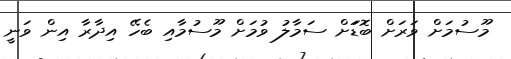
މޫސުމަށް ވަރަށް ބޮޑަަށް ސަމާލު ވުމަށް މޫސުމާއި ބެހޭ އިދާރާ އިން ވަނީ